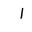
Letter: _alif